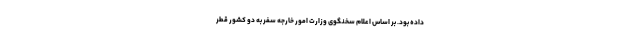
داده بود. بر اساس اعلام سخنگوی وزارت امور خارجه سفر به دو کشور قطر